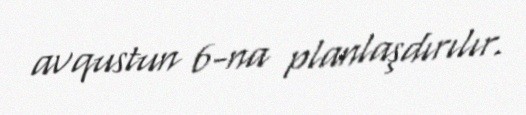
avqustun 6-na planlaşdırılır.